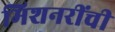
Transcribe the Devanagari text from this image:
मिशनरींची